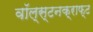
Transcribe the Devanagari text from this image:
वॉल्स्टनक्राफ्ट